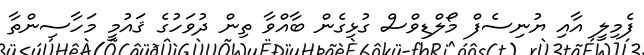
ފެމިލީ އާއި ޔުނިސެފް މޯލްޑިވްސް ގުޅިގެން ބާއްވާ ތިން ދުވަހުގެ ޤައުމީ މަހާސިންތާ